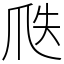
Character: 𤔅